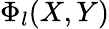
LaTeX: \Phi_{l}(X,Y)